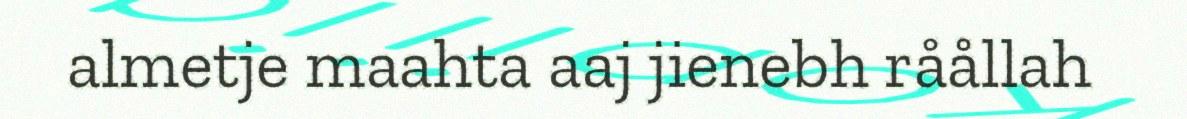
almetje maahta aaj jienebh råållah